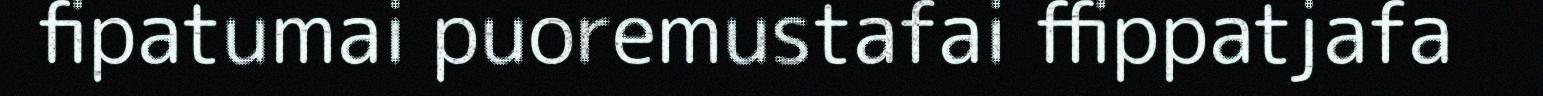
fipatumai puoremustafai ffippatjafa